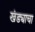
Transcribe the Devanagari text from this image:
खंड्याचा